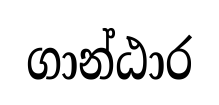
ගාන්ඨාර